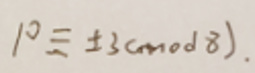
\[ 1^{2}\equiv \pm 3\pmod{8}. \]